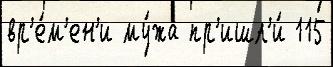
вр'е́м'ен'и му́жа пр'ишл'и́ 115